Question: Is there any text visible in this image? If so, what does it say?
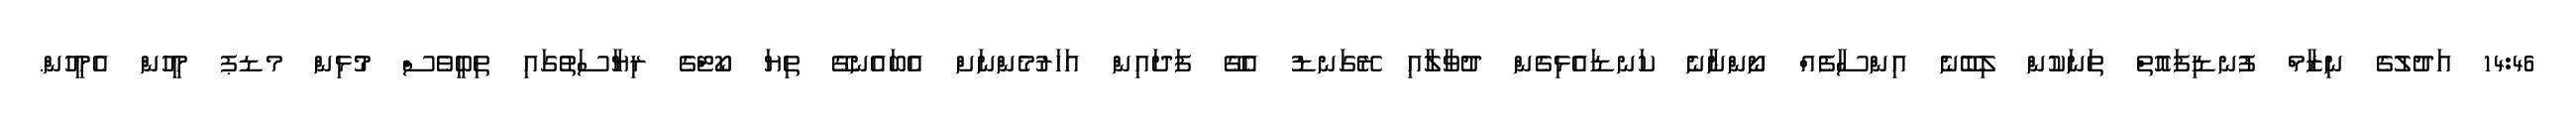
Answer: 14:46 އަދުލުގެ ނިޒާމް ފުނޑިފައޮތް ތަނަކުން ލިބޭނެ އިންސާފެއް ނޯންނާނެ ކަނޑައެޅިގެން ދުވާލާއި ރޭގަނޑު އެގޭ ފަދައިން އަހަރުމެންނަށް އެބައެނގޭ ތިޔަ ކޯޓްގެ ރިޔާސަތުގައި ތިބީވެސް މުޅިން މޑޕ މީހުން އެމީހުން.